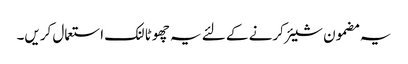
یہ مضمون شیئر کرنے کے لئے یہ چھوٹا لنک استعمال کریں۔